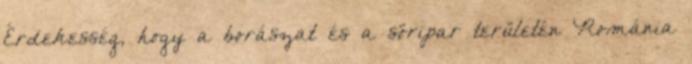
Érdekesség, hogy a borászat és a söripar területén Románia